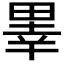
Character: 𤲜